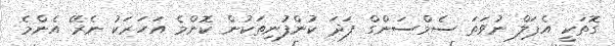
ގޮތަކީ އެޕަލް ނުވަތަ ސެމްސަންގް ފަދަ ކުންފުނިތަކުން ކޮންމެ އަހަރަކު ނެރޭ އެންމެ